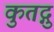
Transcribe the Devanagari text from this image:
कुतद्गु